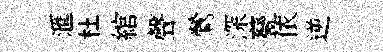
滙杜綰聲鶯深甆依逆